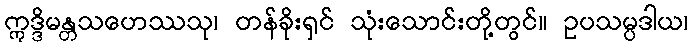
ဣဒ္ဒိမန္တသဟေဿသု၊ တန်ခိုးရှင် သုံးသောင်းတို့တွင်။ ဥပသမ္ပဒါယ၊